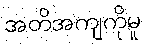
အတိအကျကိုမူ